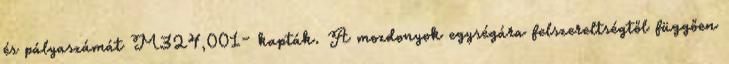
és pályaszámát M324,001– kapták. A mozdonyok egységára felszereltségtől függően